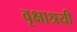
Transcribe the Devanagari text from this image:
वृक्षाश्रयी